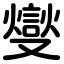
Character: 燮